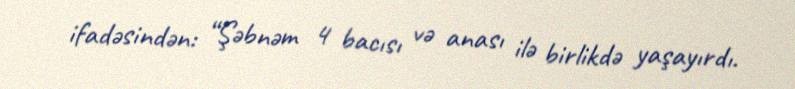
ifadəsindən: “Şəbnəm 4 bacısı və anası ilə birlikdə yaşayırdı.